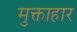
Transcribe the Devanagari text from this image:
मुक्ताहार